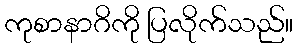
ကုစာနာဂိကို ပြလိုက်သည်။